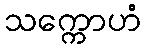
သက္ကောဟံ